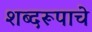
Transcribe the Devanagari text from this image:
शब्दरूपाचे